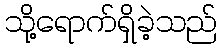
သို့ရောက်ရှိခဲ့သည်